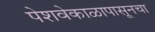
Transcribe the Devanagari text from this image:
पेशवेकाळापासूनचा